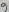
Text: 9